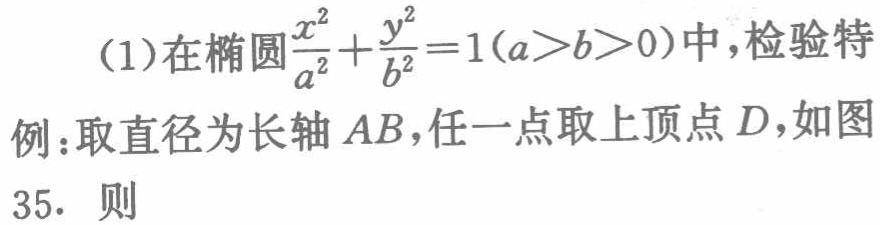
(1)在椭圆$\frac{x^{2}}{a^{2}}+\frac{y^{2}}{b^{2}} = 1(a>b>0)$中，检验特例：取直径为长轴$AB$，任一点取上顶点$D$，如图35. 则